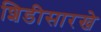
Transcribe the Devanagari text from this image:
शिडीसारखे